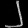
Digit: ၂